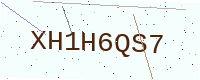
Text: XH1H6QS7